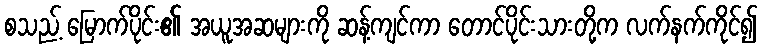
စသည့် မြောက်ပိုင်း၏ အယူအဆများကို ဆန့်ကျင်ကာ တောင်ပိုင်းသားတို့က လက်နက်ကိုင်၍